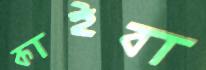
কাইবা